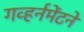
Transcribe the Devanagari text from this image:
गव्हर्नमेंटने